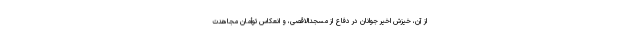
از آن، خیزش اخیر جوانان در دفاع از مسجدالاقصی، و انعکاس توأمانِ مجاهدت